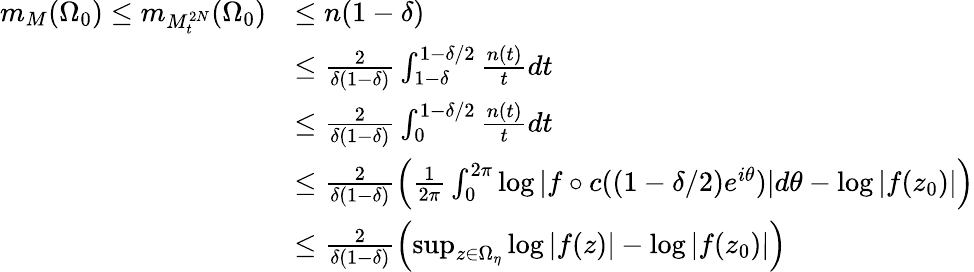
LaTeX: \begin{array}{rl}{m_{M}(\Omega_{0})\leq m_{M_{t}^{2N}}(\Omega_{0})}&{\leq n(1-\delta)}\\ &{\leq\frac{2}{\delta(1-\delta)}\int_{1-\delta}^{1-\delta/2}\frac{n(t)}{t}dt}\\ &{\leq\frac{2}{\delta(1-\delta)}\int_{0}^{1-\delta/2}\frac{n(t)}{t}dt}\\ &{\leq\frac{2}{\delta(1-\delta)}\left(\frac{1}{2\pi}\int_{0}^{2\pi}\log|f\circ c((1-\delta/2)e^{i\theta})|d\theta-\log|f(z_{0})|\right)}\\ &{\leq\frac{2}{\delta(1-\delta)}\left(\operatorname*{sup}_{z\in\Omega_{\eta}}\log|f(z)|-\log|f(z_{0})|\right)}\end{array}